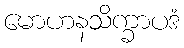
မောဟနသိက္ခာပဒံ